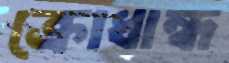
ক্রোধান্ধ